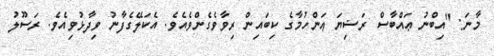
މާނަ: "އިބްނު ޢައްބާސް ރަޟިޔަ ޢަންހުމާގެ ކިބައިން ރިވާވެގެންވެއެވެ. އެކަލޭގެފާނު ވިދާޅުވިއެވެ. ރަސޫލު